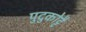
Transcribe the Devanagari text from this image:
पुदुकोट्टै